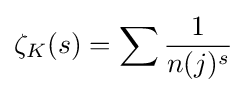
\zeta _{K}(s)=\sum {\frac {1}{n(j)^{s}}}